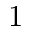
1